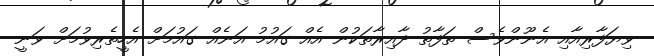
ވިޔަފާރިއާއި އެނޫންވެސް ތަފާތު ދާއިރާތަކުން އެއް ގައުމު އަނެއް ގައުމަށް އެހީތެރިވުމަށް ވަނީ